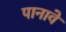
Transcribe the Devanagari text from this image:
पानावे